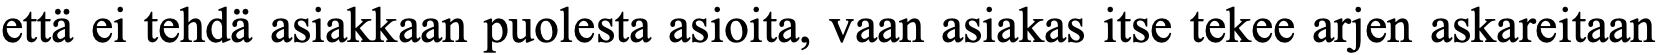
että ei tehdä asiakkaan puolesta asioita, vaan asiakas itse tekee arjen askareitaan